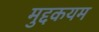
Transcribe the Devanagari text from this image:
मुद्दकयम